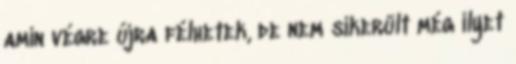
amin végre újra félhetek, de nem sikerült még ilyet